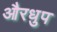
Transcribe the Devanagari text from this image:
औरधुप